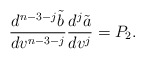
\begin{align*} \frac{d^{n-3-j}\tilde{b}}{dv^{n-3-j}}\frac{d^j\tilde{a}}{dv^j}=P_2.\end{align*}